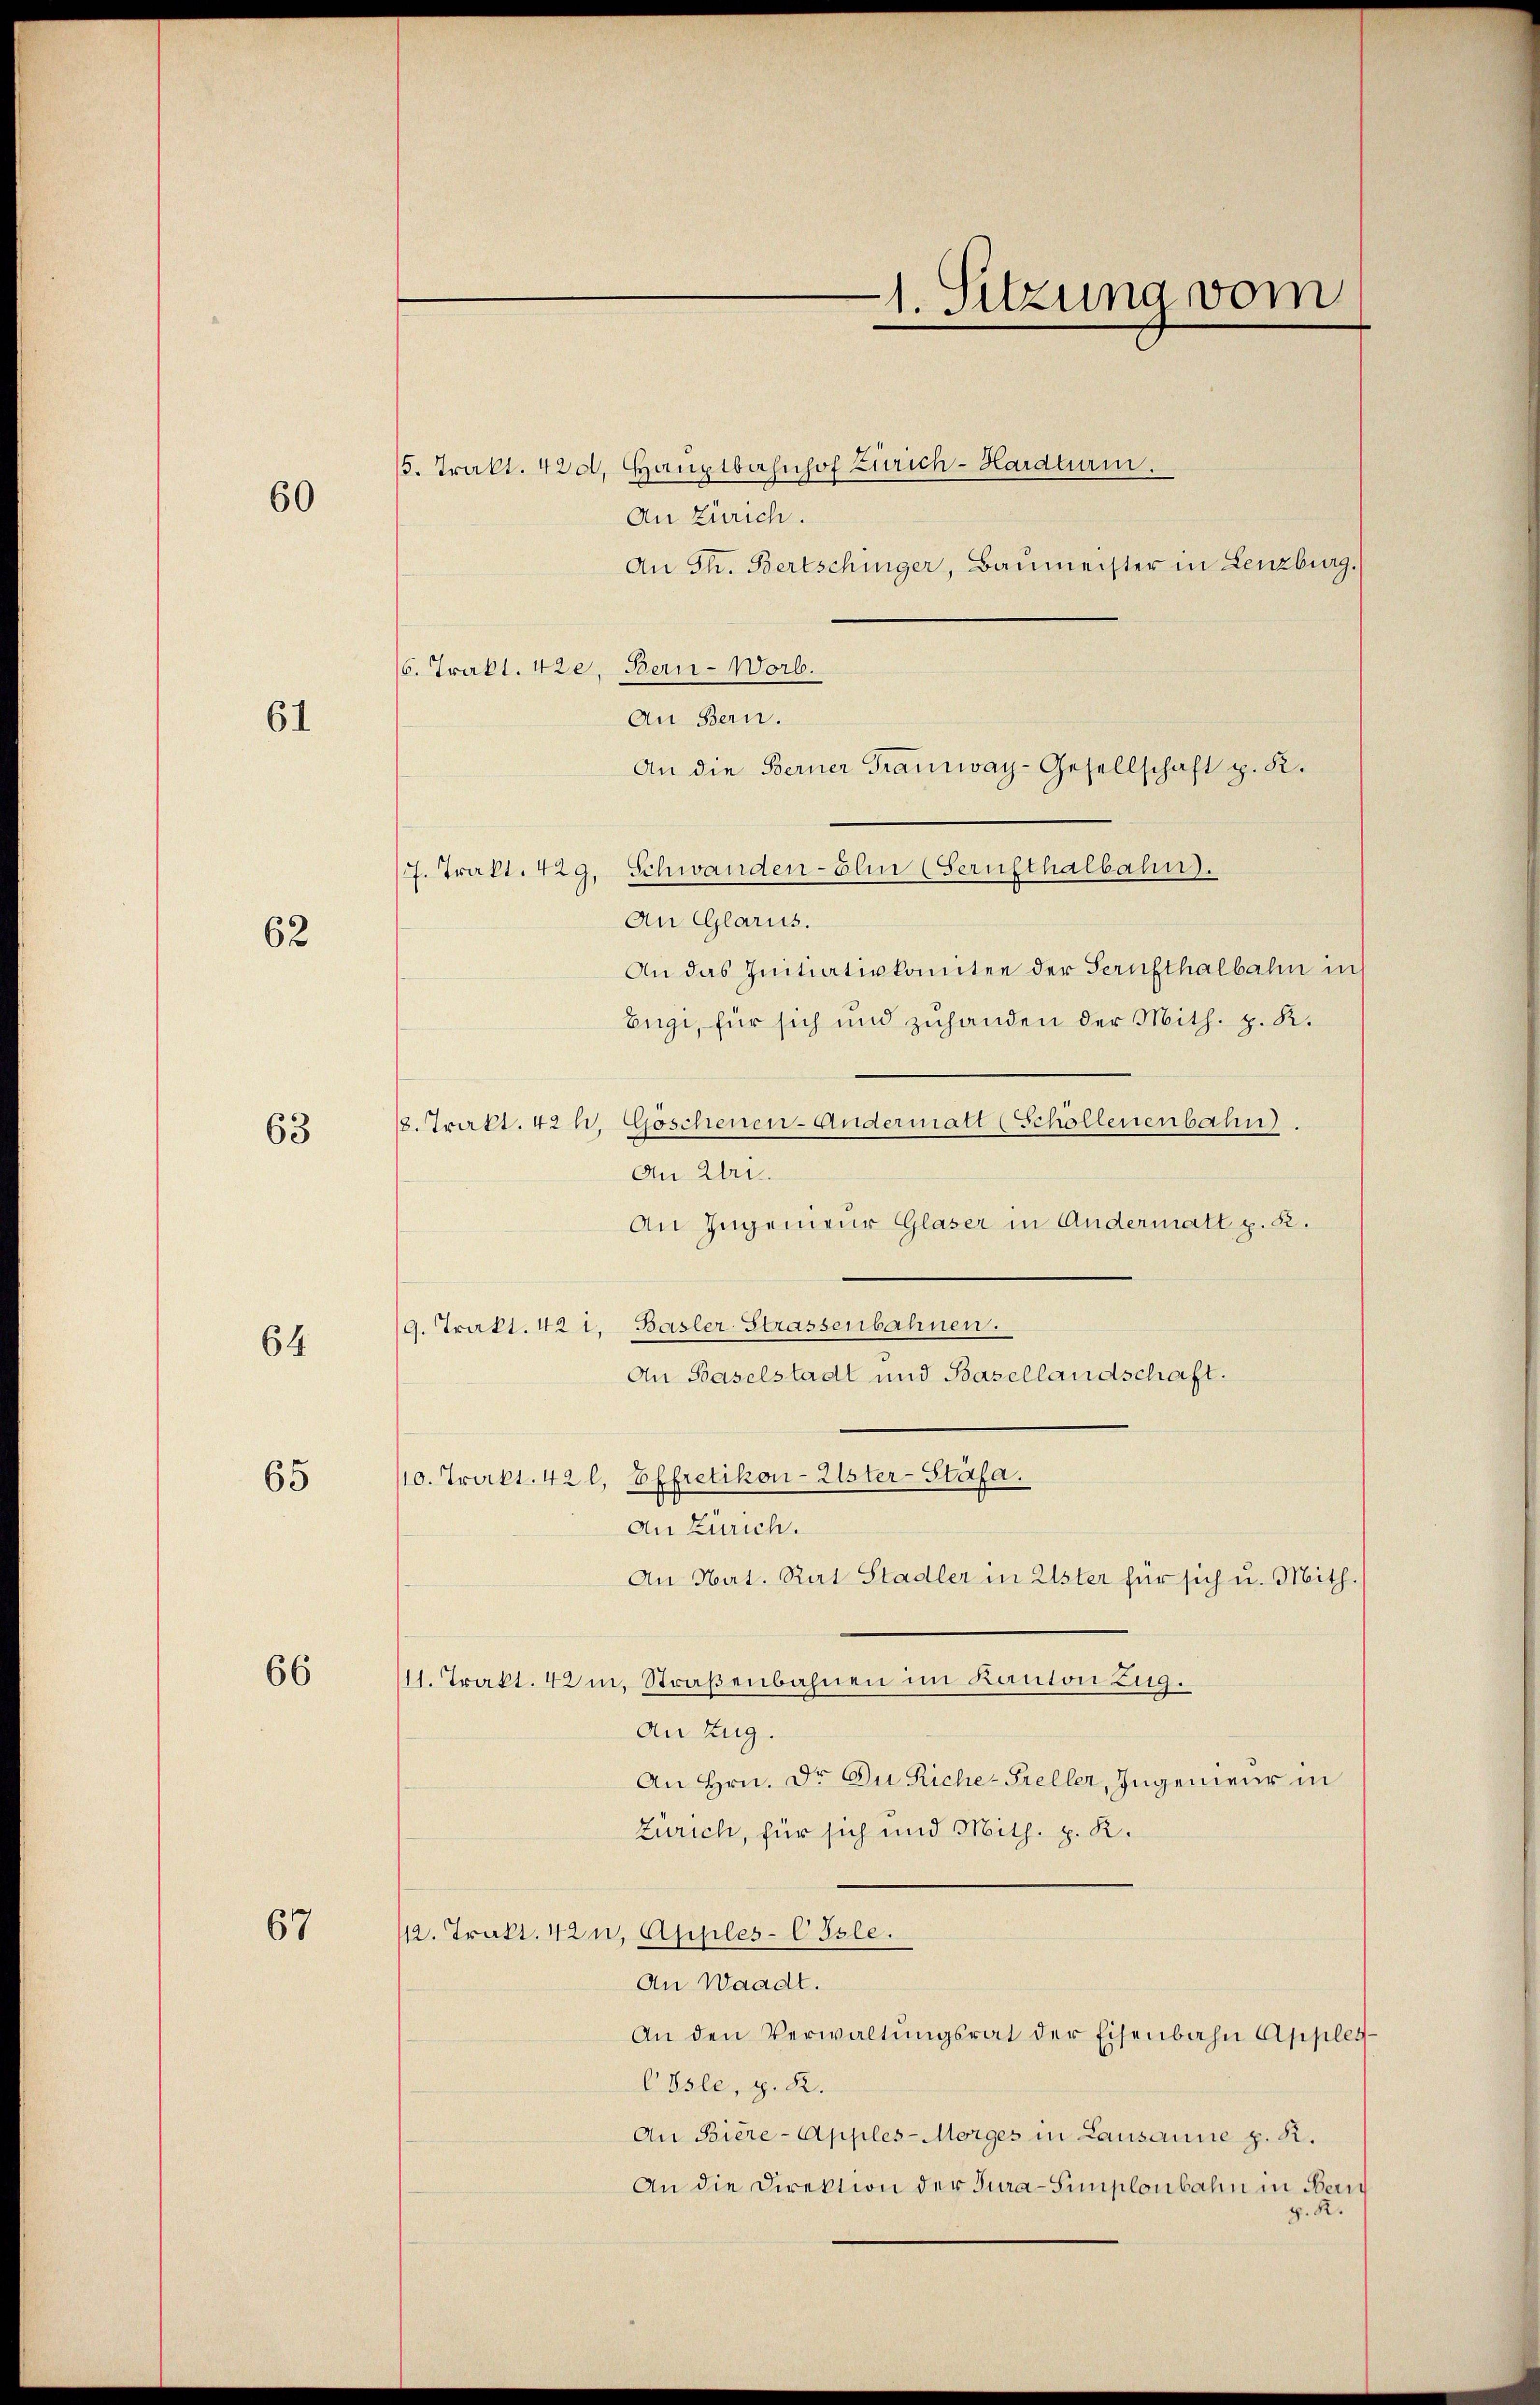
60

61

62

63

64

65

66

67

/6. Trakt. 420, Bern-Worb.

1. Sitzung vom

5. Trakt. 420, Hauptbahnhof Zürich-Hardturm.
An Zürich.
An Th. Bertschinger, Baŭmeister in Lenzburg.
An Bern.
/7. Trakt. 429. Schwanden-Ehn (Serufthalbahn.
An Glarus.
An das Initiativkomitee der Serufthalbahn in
Eugi, für sich und zuhanden der Mith. p. K.
. Trakt. 424. Göschenen-Andermatt (Schöllenenbahn.
An Uri.
An Ingenieur Glaser in Andermatt p. 82.
9. Trakt. 42 l. Basler-Strassenbahnen.
An Baselstadt und Basellandschaft.
10. Trakt. 42 l. Effretikon-Elster-Stäfa.
Die Zürich.
An Nat. Rat Stadler in Ester für sich u. Mith.
11. Trakt. 42 m, Straßenbahnen im Kanton Zug.
An Zug.
An Hrn. Dr. Du Riche-Freller, Ingenieur in
Zürich, für sich und Mith. p. K.
112. Trakt. 42, Apples-C Isle.
An Waadt.
An den Verwaltŭngsrat der Eisenbahn Apples-
Cösle, z. R.
An Biere-Apples-Morges in Lausanne z. R.
An die Direktion der Tura-Simplonbahn in Bern
g.

An die Berner Tramway-Gesellschaft z. K.